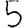
Digit: 5